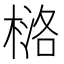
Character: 𪳅